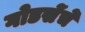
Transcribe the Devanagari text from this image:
गोडसेंचे